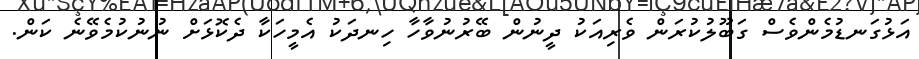
އަޅުގަނޑުމެންވެސް ގަބޫލުކުރަން ވެރިއަކު ދީނުން ބޭރުނުވާހާ ހިނދަކު އެމީހަކާ ދެކޮޅަށް ނުނުކުމެވޭނެ ކަން.